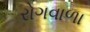
રોગવાળા